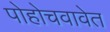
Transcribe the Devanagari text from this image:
पोहोचवावेत